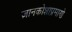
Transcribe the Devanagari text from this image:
ज्ञानकोशाप्रमाणे